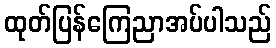
ထုတ်ပြန်ကြေညာအပ်ပါသည်